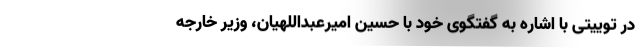
در توییتی با اشاره به گفتگوی خود با حسین امیرعبداللهیان، وزیر خارجه